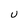
Character: U